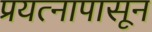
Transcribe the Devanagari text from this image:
प्रयत्‍नापासून